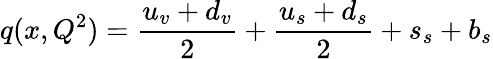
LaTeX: q(x,Q^{2})=\frac{u_{v}+d_{v}}{2}+\frac{u_{s}+d_{s}}{2}+s_{s}+b_{s}